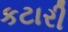
કટારી